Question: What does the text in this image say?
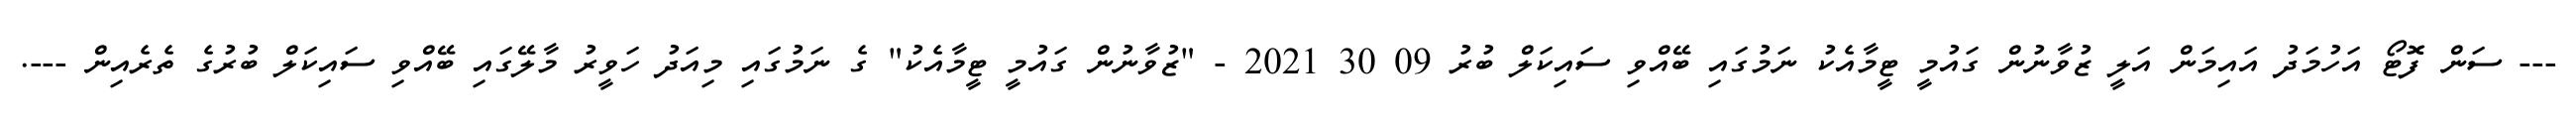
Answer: --- ސަން ފޮޓޯ އަހުމަދު އައިމަން އަލީ ޒުވާނުން ގައުމީ ޓީމާއެކު ނަމުގައި ބޭއްވި ސައިކަލް ބުރު 09 30 2021 - "ޒުވާނުން ގައުމީ ޓީމާއެކު" ގެ ނަމުގައި މިއަދު ހަވީރު މާލޭގައި ބޭއްވި ސައިކަލް ބުރުގެ ތެރެއިން ---.